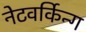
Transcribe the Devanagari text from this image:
नेटवर्किन्ग